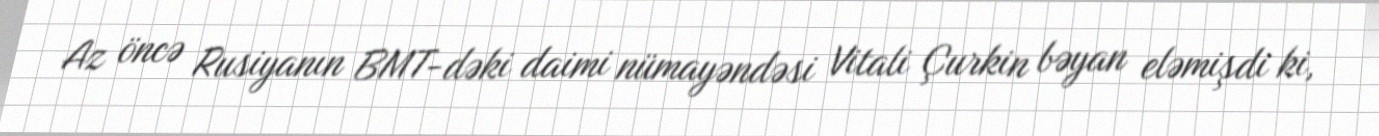
Az öncə Rusiyanın BMT-dəki daimi nümayəndəsi Vitali Çurkin bəyan eləmişdi ki,